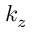
k _ { z }